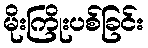
မိုးကြိုးပစ်ခြင်း